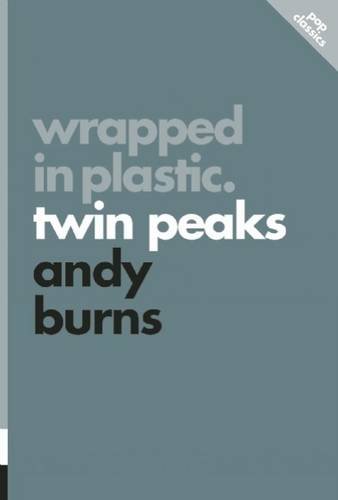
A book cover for Wrapped in Plastic: Twin Peaks (Pop Classics); Andy Burns; Humor & Entertainment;